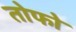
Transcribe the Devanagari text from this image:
तोफो